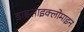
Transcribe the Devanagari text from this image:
डाइसाइक्लोमाइन